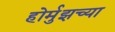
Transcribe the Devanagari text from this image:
होर्मुझच्या